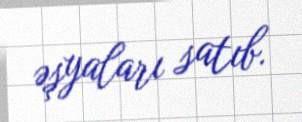
əşyaları satıb.